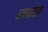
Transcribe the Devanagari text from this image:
ब्नाया